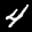
Label: 4